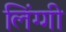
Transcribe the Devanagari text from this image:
लिंग्गी